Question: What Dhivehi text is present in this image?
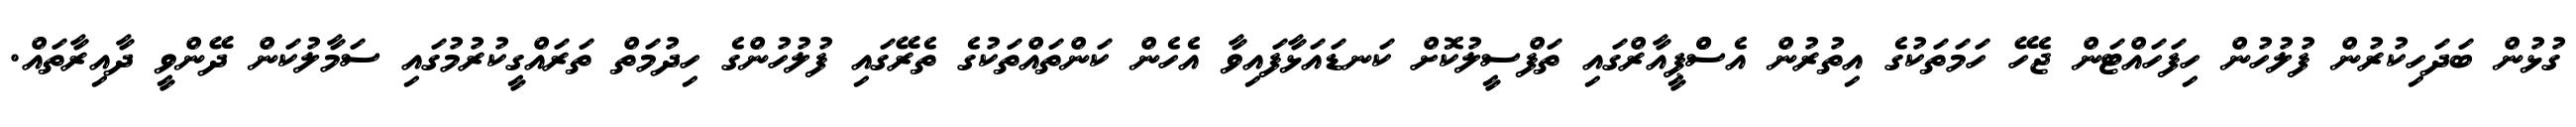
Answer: ގުޅުން ބަދަހިކުރުން ފުލުހުން ހިފަހައްޓަން ޖެހޭ ހަމަތަކުގެ އިތުރުން އެސްްޕީއާރްގައި ތަފްސީލުކޮށް ކަނޑައަޅާފައިވާ އެހެން ކަންތައްތަކުގެ ތެރޭގައި ފުލުހުންގެ ހިދުމަތް ތަރައްގީކުރުމުގައި ސަމާލުކަން ދޭންވީ ދާއިރާތައް.